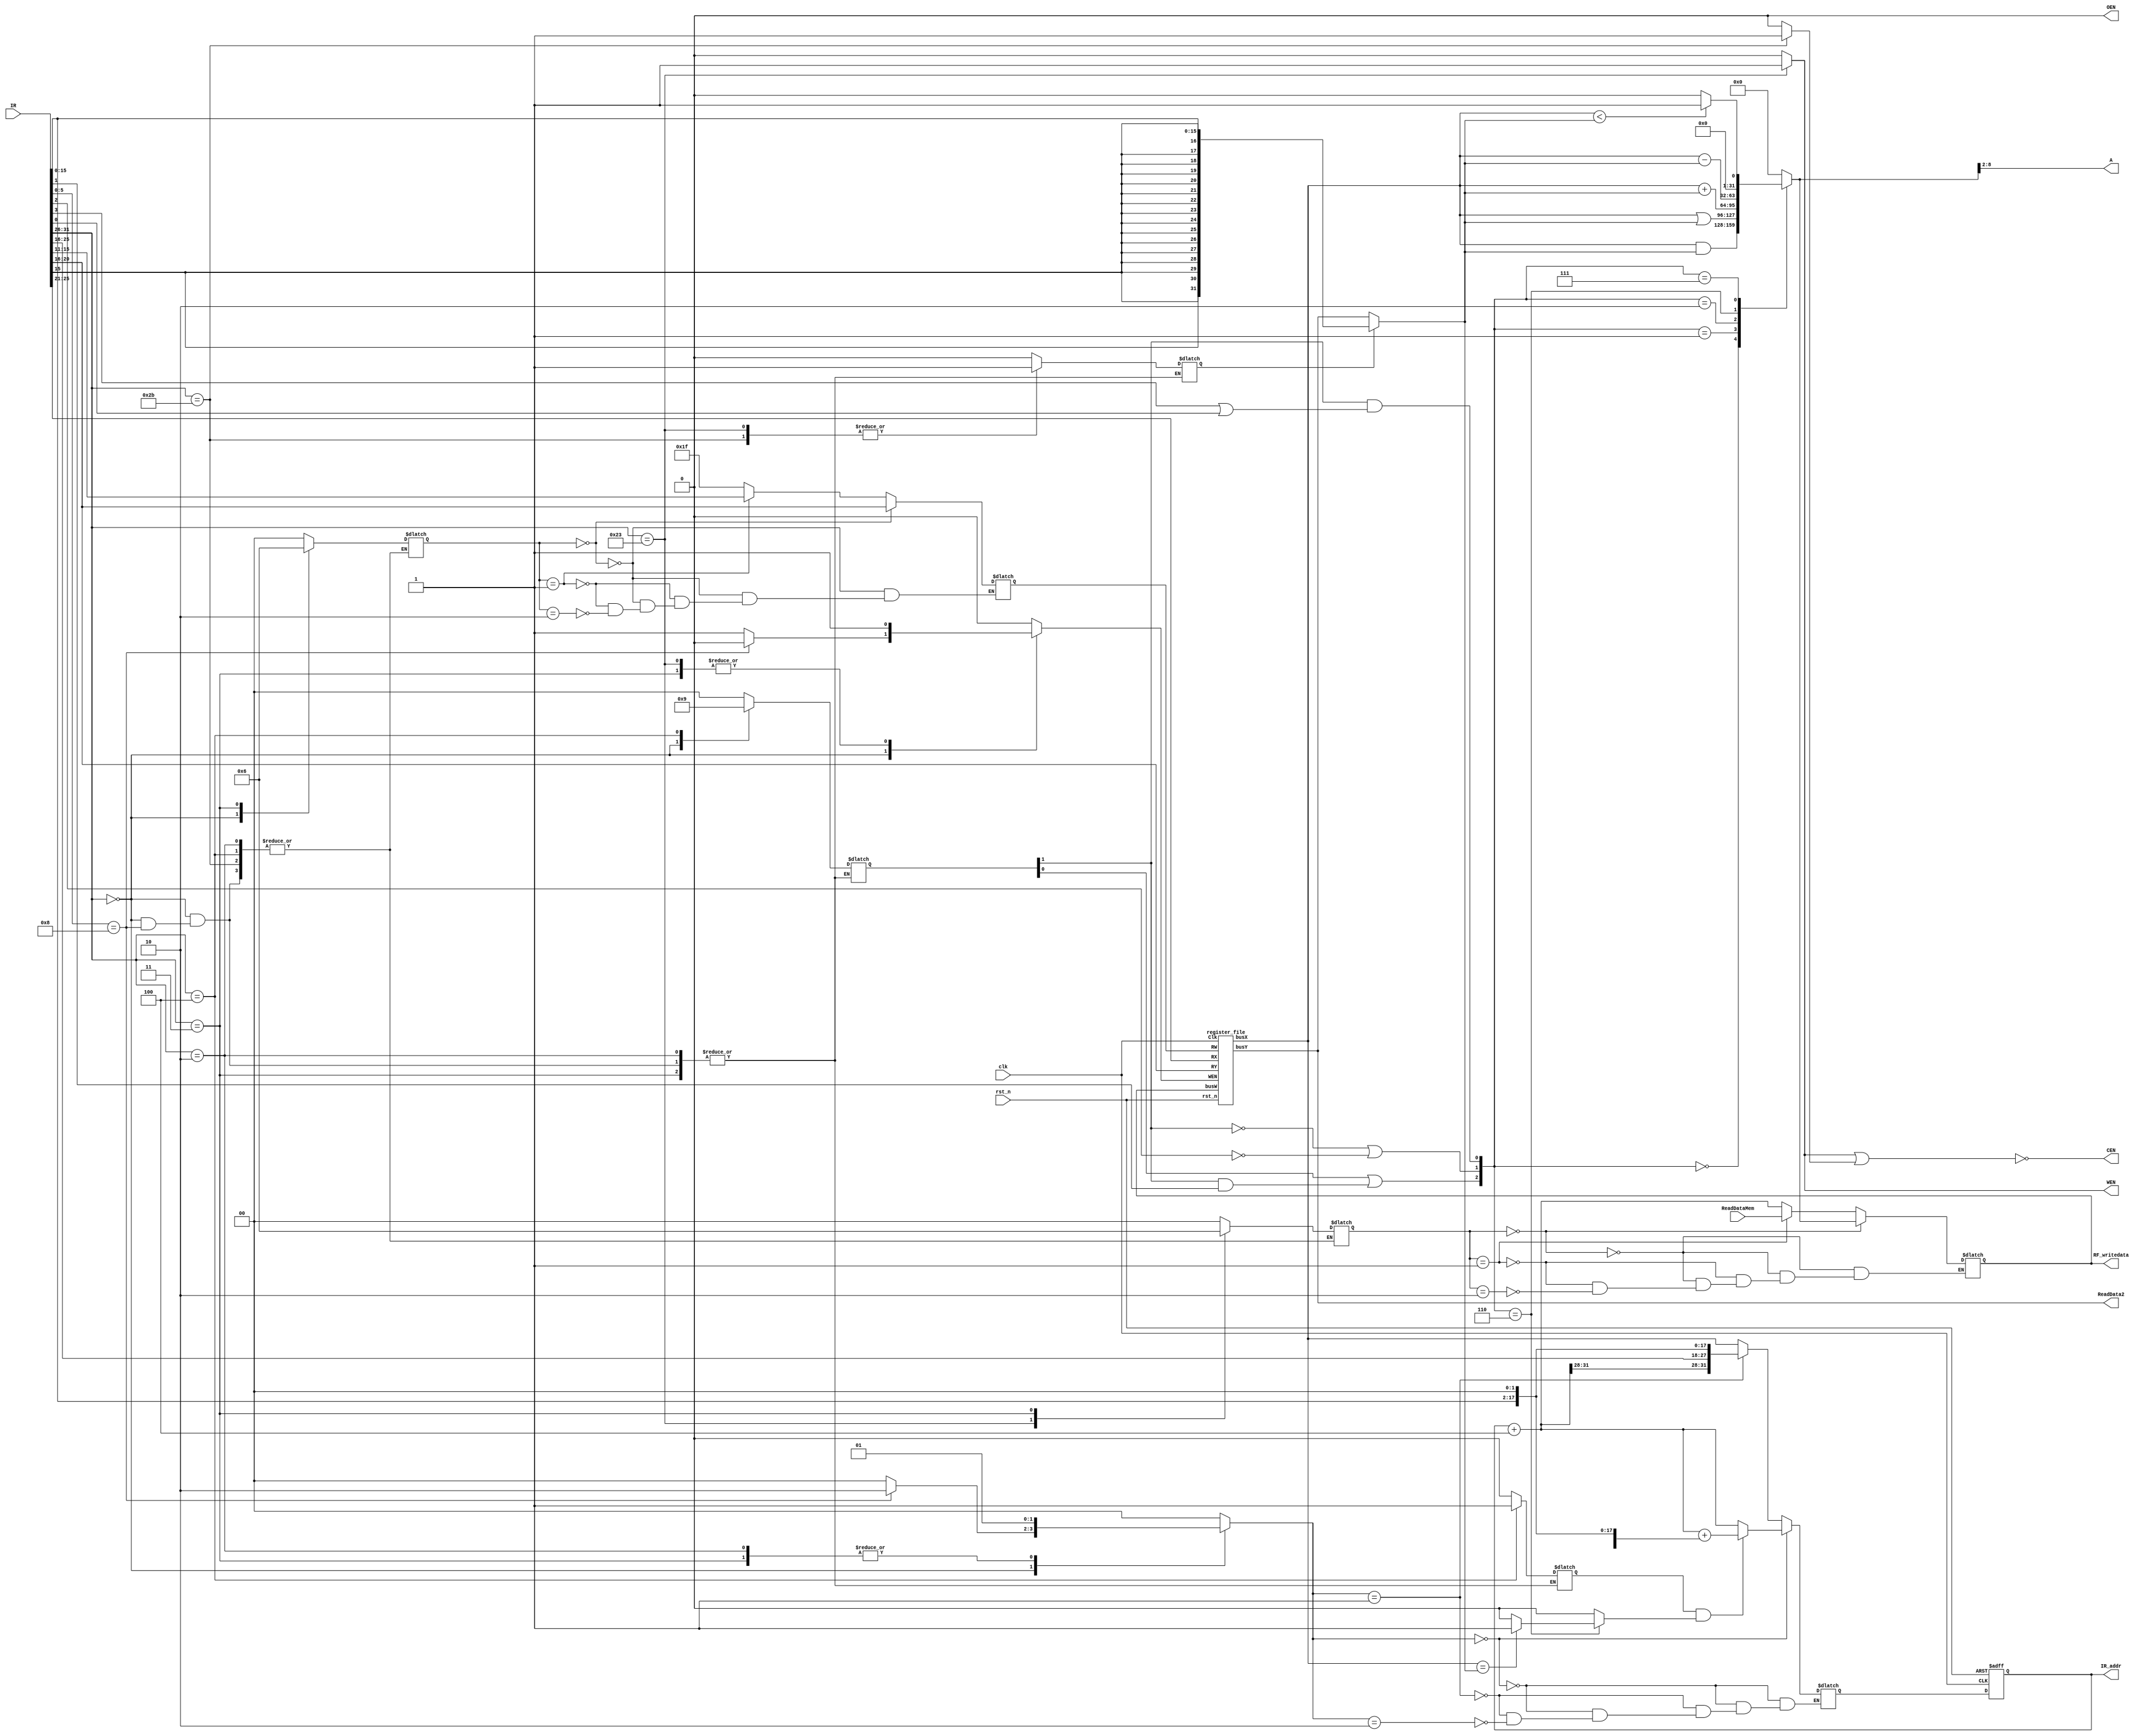
// Single Cycle MIPS
//=========================================================
// Input/Output Signals:
// positive-edge triggered         clk
// active low asynchronous reset   rst_n
// instruction memory interface    IR_addr, IR
// output for testing purposes     RF_writedata  
//=========================================================
// Wire/Reg Specifications:
// control signals             MemToReg, MemRead, MemWrite, 
//                             RegDST, RegWrite, Branch, 
//                             Jump, ALUSrc, ALUOp
// ALU control signals         ALUctrl
// ALU input signals           ALUin1, ALUin2
// ALU output signals          ALUresult, ALUzero
// instruction specifications  r, j, jal, jr, lw, sw, beq
// sign-extended signal        SignExtend
// MUX output signals          MUX_RegDST, MUX_MemToReg, 
//                             MUX_Src, MUX_Branch, MUX_Jump
// registers input signals     Reg_R1, Reg_R2, Reg_W, WriteData 
// registers                   Register
// registers output signals    ReadData1, ReadData2
// data memory contral signals CEN, OEN, WEN
// data memory output signals  ReadDataMem
// program counter/address     PCin, PCnext, JumpAddr, BranchAddr
//=========================================================
//
module SingleCycle_MIPS( 
    clk,
    rst_n,
    IR_addr,
    IR,
    RF_writedata,
    ReadDataMem,
    CEN,
    WEN,
    A,
    ReadData2,
    OEN
);

//==== in/out declaration =================================
    //-------- processor ----------------------------------
    input         clk, rst_n;
    input  [31:0] IR;
    output [31:0] IR_addr, RF_writedata;
    //-------- data memory --------------------------------
    input  [31:0] ReadDataMem;  // read_data from memory
    output        CEN;  // chip_enable, 0 when you read/write data from/to memory
    output        WEN;  // write_enable, 0 when you write data into SRAM & 1 when you read data from SRAM
    output  [6:0] A;  // address
    output [31:0] ReadData2;  // write_data to memory
    output        OEN;  // output_enable, 0

//==== parameter definition ===============================
    parameter r=6'b000000;
    parameter j=6'b000010;
    parameter jal=6'b000011;
    parameter jr=6'b001000;
    parameter lw=6'b100011;
    parameter sw=6'b101011;
    parameter beq=6'b000100;

//==== reg/wire declaration ===============================

//control signal
    reg [1:0] MemToReg;
    reg MemRead;
    reg MemWrite;
    reg [1:0] RegDST;
    reg RegWrite;
    reg Branch;
    reg [1:0] Jump;
    reg ALUSrc;

// ALU
    reg [1:0] ALUOp;
    wire [2:0] ALUctrl;
    wire [31:0] ALUin1;
    wire [31:0] ALUin2;
    reg [31:0] ALUresult;
    reg ALUzero;

// address
    wire [31:0] SignExtend;

// MUX
    reg [4:0] MUX_RegDST;
    reg [31:0] MUX_MemToReg;
    reg [31:0] MUX_Src;
    reg [31:0] MUX_Branch;
    reg [31:0] MUX_Jump;

// input register
    wire [4:0] Reg_R1;
    wire [4:0] Reg_R2;
    wire [4:0] Reg_W;
    wire [31:0] WriteData;

// output register
    wire [31:0] ReadData1;
    wire [31:0] ReadData2_int;

// program counter
    reg [31:0] PCin;
    wire [31:0] PCnext;
    wire [31:0] JumpAddr;
    wire [27:0] JumpAddr1;
    wire [31:0] JumpAddr2;
    wire [31:0] BranchAddr;

//==== combinational part =================================

    register_file reg_set (.Clk(clk), .rst_n(rst_n), .WEN(RegWrite), .RW(Reg_W), .busW(RF_writedata),.RX(Reg_R1), .RY(Reg_R2), .busX(ReadData1), .busY(ReadData2_int));

// CPU output
    assign IR_addr=PCin;
    assign RF_writedata=MUX_MemToReg;
    assign CEN=~(MemRead || MemWrite);
    assign WEN=MemRead;
    assign A=ALUresult[8:2];
    assign ReadData2=ReadData2_int;
    assign OEN=0;

// register I/O
    assign Reg_R1=IR[25:21];
    assign Reg_R2=IR[20:16];
    assign Reg_W=MUX_RegDST;
    assign WriteData=MUX_MemToReg;

//control unit
always@(*) begin
    case(IR[31:26])
        r:begin//R-format or jr
	    if(IR[5:0]==jr) begin
		MemRead=0;
		MemWrite=0;
		RegWrite=0;
		Jump=2'b10;
	    end
	    else begin
	        MemToReg=2'b00;
	        MemRead=0;
	        MemWrite=0;
	        RegDST=1;
	        RegWrite=1;
	        Branch=0;
	        Jump=2'b00;
	        ALUSrc=0;
	        ALUOp=2'b10;
	    end
	  end
        lw:begin
	    MemToReg=2'b01;
	    MemRead=1;
	    MemWrite=0;
	    RegDST=0;
	    RegWrite=1;
	    Branch=0;
	    Jump=2'b00;
	    ALUSrc=1;
	    ALUOp=2'b00;
	  end
        sw:begin
	    MemRead=0;
	    MemWrite=1;
	    RegWrite=0;
	    Branch=0;
	    Jump=2'b00;
	    ALUSrc=1;
	    ALUOp=2'b00;
	  end
        beq:begin
	    MemRead=0;
	    MemWrite=0;
	    RegWrite=0;
	    Branch=1;
	    Jump=2'b00;
	    ALUSrc=0;
	    ALUOp=2'b01;
	  end
        j:begin
	    MemRead=0;
	    MemWrite=0;
	    RegWrite=0;
	    Jump=2'b01;
	  end
	jal:begin
	    MemToReg=2'b10;
	    MemRead=0;
	    MemWrite=0;
	    RegDST=2'b10;
	    RegWrite=1;
	    Jump=2'b01;
	  end
	default:begin
	    MemToReg=2'b00;
	    MemRead=0;
	    MemWrite=0;
	    RegDST=2'b00;
	    RegWrite=0;
	    Branch=0;
	    Jump=2'b00;
	    ALUSrc=0;
	    ALUOp=2'b00;
	  end
    endcase
end

// alu control
    assign ALUctrl[2]=ALUOp[0]|(ALUOp[1]&IR[1]);
    assign ALUctrl[1]=(~ALUOp[1])|(~IR[2]);
    assign ALUctrl[0]=ALUOp[1]&(IR[3]|IR[0]);

// alu
    assign ALUin1=ReadData1;
    assign ALUin2=MUX_Src;
always @(*) begin
    case(ALUctrl)
	3'b000:begin
	    ALUresult=ALUin1&ALUin2;
            ALUzero=0;
	       end
        3'b001:begin
	    ALUresult=ALUin1|ALUin2;
	    ALUzero=0;
	       end
	3'b010:begin
	    ALUresult=ALUin1+ALUin2;
	    ALUzero=0;
	       end
	3'b110:begin
	    ALUresult=ALUin1-ALUin2;
	    ALUzero=(ALUin1==ALUin2)? 1:0;
	       end
	3'b111:begin
	    ALUresult=(ALUin1<ALUin2)? 1:0;
	    ALUzero=0;
	       end
	default:begin
	    ALUresult=0;
	    ALUzero=0;
	       end
    endcase
end

// pc
    assign JumpAddr1=IR[25:0]<<2;
    assign JumpAddr2=PCin+4;
    assign BranchAddr=JumpAddr2+(SignExtend<<2);
    assign JumpAddr={JumpAddr2[31:28],JumpAddr1};
    assign PCnext=MUX_Jump;

// sign extemsion
    assign SignExtend={{16{IR[15]}},IR[15:0]};

// MUX
always @(*) begin
    if(RegDST==2'b00)
	MUX_RegDST=IR[20:16];
    else if(RegDST==2'b01)
	MUX_RegDST=IR[15:11];
    else if(RegDST==2'b10)
	MUX_RegDST=5'b11111;

    if(MemToReg==2'b00)
	MUX_MemToReg=ALUresult;
    else if(MemToReg==2'b01)
	MUX_MemToReg=ReadDataMem;
    else if(MemToReg==2'b10)
	MUX_MemToReg=PCin+4;

    MUX_Branch=(Branch&ALUzero)? BranchAddr:PCin+4;

    if(Jump==2'b00)
	MUX_Jump=MUX_Branch;
    else if(Jump==2'b01)
	MUX_Jump=JumpAddr;
    else if(Jump==2'b10)
	MUX_Jump=ReadData1;

    MUX_Src=ALUSrc? SignExtend:ReadData2_int;
end

//==== sequential part ====================================
    always@(posedge clk or negedge rst_n) begin
	if(~rst_n) begin
	    PCin<=0;
	end
	else begin
	    PCin <= PCnext;
	end
    end

//=========================================================
endmodule

module register_file(
    Clk  ,
    rst_n,
    WEN  ,
    RW   ,
    busW ,
    RX   ,
    RY   ,
    busX ,
    busY
);

//==== in/out declaration =================================
    input  Clk, WEN, rst_n;
    input  [4:0] RW, RX, RY;
    input  [31:0] busW;
    output [31:0] busX, busY;

//==== reg/wire declaration ===============================
    // register 0 ~ 31
    reg [31:0] cache [0:31];
    reg [31:0] buf_busX, buf_busY;

    assign busX = buf_busX;
    assign busY = buf_busY;

//==== sequential part ====================================
    always @(posedge Clk or negedge rst_n) begin
        if(~rst_n) begin
        	cache[0] <= 0;
        end
        else if (WEN && (RW != 0)) begin
            cache[RW] <= busW;
        end
    end

//==== combinational part =================================
    always @(*) begin
        buf_busX = cache[RX];
        buf_busY = cache[RY];
    end

//=========================================================
endmodule